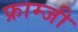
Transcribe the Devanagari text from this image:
फ्राम्जी